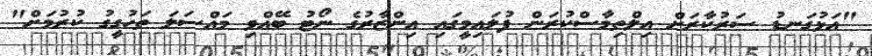
"އަޅުގަނޑު ސަރުކާރަށް އިލްތިމާސްކުރަން ފުލައިމީގައި އިންޒާރުގެ ނޯޓު ބޭއްވި މައްސަލަ ތަހުގީގު ކުރުމަށް"